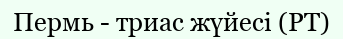
Пермь - триас жүйесі (РТ)